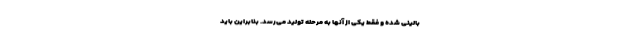
بالینی شده و فقط یکی از آنها به مرحله تولید می‌رسد. بنابراین باید